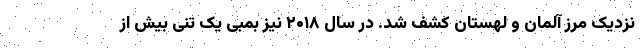
نزدیک مرز آلمان و لهستان کشف شد. در سال ۲۰۱۸ نیز بمبی یک تنی بیش از